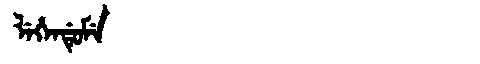
Manchu: ᠯᡝᡥᡝᠨᡩᡠᠮᡝ
Romanization: LEHENDUME